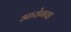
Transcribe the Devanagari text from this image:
आरोगया